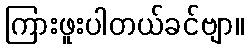
ကြားဖူးပါတယ်ခင်ဗျာ။